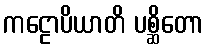
ကဠောပိယာတိ ပစ္ဆိတော